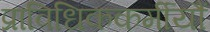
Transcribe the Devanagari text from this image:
प्राविधिककर्मीयौं